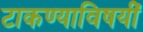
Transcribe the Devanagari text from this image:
टाकण्याविषयीं